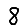
Digit: 8